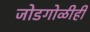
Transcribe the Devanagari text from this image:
जोडगोळीही